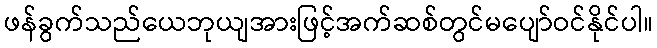
ဖန်ခွက်သည်ယေဘုယျအားဖြင့်အက်ဆစ်တွင်မပျော်ဝင်နိုင်ပါ။